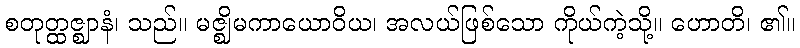
စတုတ္ထဇ္ဈာနံ၊ သည်။ မဇ္ဈိမကာယောဝိယ၊ အလယ်ဖြစ်သော ကိုယ်ကဲ့သို့။ ဟောတိ၊ ၏။